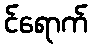
င်ရောက်